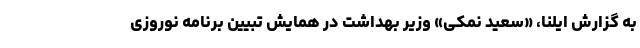
به گزارش ایلنا، «سعید نمکی» وزیر بهداشت در همایش تبیین برنامه نوروزی